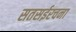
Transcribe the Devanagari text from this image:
सतसईरचना